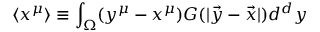
\langle x ^ { \mu } \rangle \equiv \int _ { \Omega } ( y ^ { \mu } - x ^ { \mu } ) G ( | \vec { y } - \vec { x } | ) d ^ { d } y